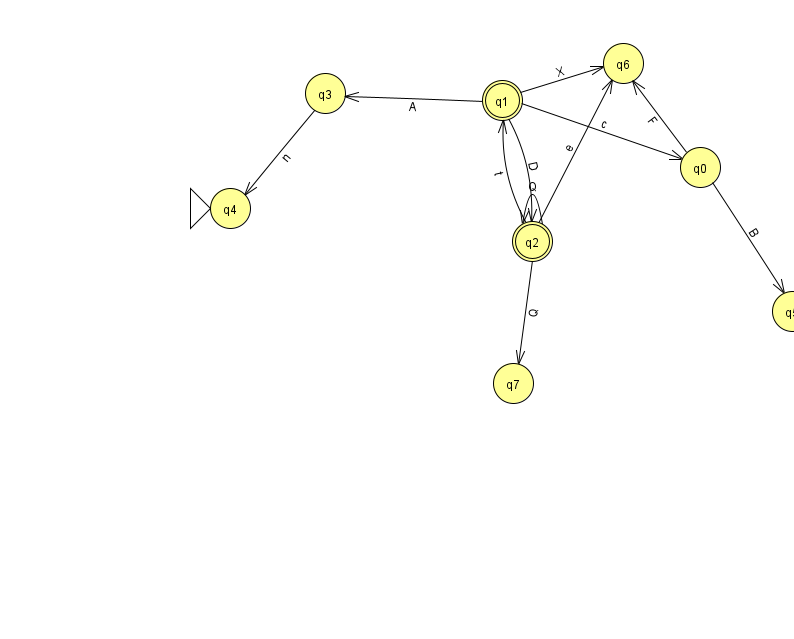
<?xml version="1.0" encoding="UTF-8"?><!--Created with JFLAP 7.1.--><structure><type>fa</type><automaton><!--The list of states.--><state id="0" name="q0"><x>700.0</x><y>154.0</y></state><state id="1" name="q1"><x>502.0</x><y>87.0</y><final/></state><state id="2" name="q2"><x>532.0</x><y>228.0</y><final/></state><state id="3" name="q3"><x>325.0</x><y>80.0</y></state><state id="4" name="q4"><x>230.0</x><y>195.0</y><initial/></state><state id="5" name="q5"><x>792.0</x><y>298.0</y></state><state id="6" name="q6"><x>623.0</x><y>50.0</y></state><state id="7" name="q7"><x>513.0</x><y>370.0</y></state><!--The list of transitions.--><transition><from>0</from><to>6</to><read>F</read></transition><transition><from>1</from><to>6</to><read>X</read></transition><transition><from>2</from><to>2</to><read>Q</read></transition><transition><from>1</from><to>3</to><read>A</read></transition><transition><from>2</from><to>6</to><read>e</read></transition><transition><from>0</from><to>5</to><read>B</read></transition><transition><from>3</from><to>4</to><read>n</read></transition><transition><from>1</from><to>2</to><read>D</read></transition><transition><from>2</from><to>1</to><read>t</read></transition><transition><from>2</from><to>7</to><read>Q</read></transition><transition><from>1</from><to>0</to><read>c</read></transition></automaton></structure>